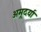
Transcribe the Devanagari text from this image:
अमूदर्या